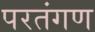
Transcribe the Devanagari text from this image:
परतंगण